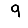
Digit: 9